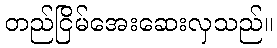
တည်ငြိမ်အေးဆေးလှသည်။